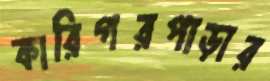
কারিগরপাড়ার